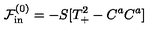
\mathcal { F } _ { \mathrm { i n } } ^ { ( 0 ) } = - S [ T _ { + } ^ { 2 } - C ^ { a } C ^ { a } ]